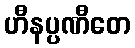
ဟီနပ္ပဏီတေ